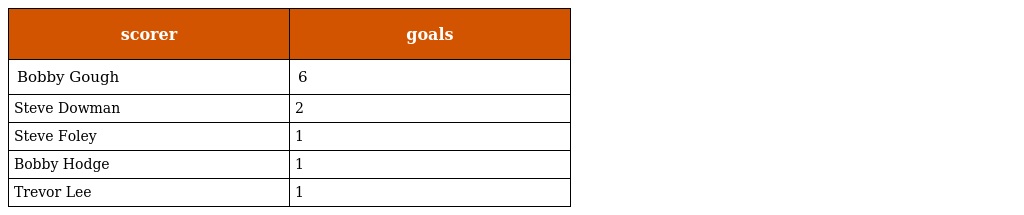
| scorer | goals |
 | --- | --- |
 | Bobby Gough | 6 |
 | Steve Dowman | 2 |
 | Steve Foley | 1 |
 | Bobby Hodge | 1 |
 | Trevor Lee | 1 |